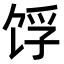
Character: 𬲺